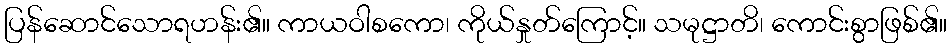
ပြန်ဆောင်သောရဟန်း၏။ ကာယဝါစကော၊ ကိုယ်နှုတ်ကြောင့်။ သမုဋ္ဌာတိ၊ ကောင်းစွာဖြစ်၏။